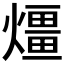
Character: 𤐀